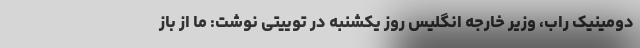
دومینیک راب، وزیر خارجه انگلیس روز یکشنبه در توییتی نوشت: ما از باز